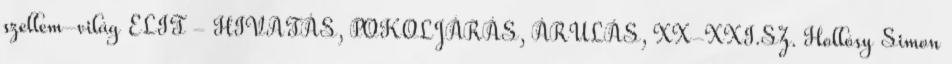
szellem-világ ELIT - HIVATÁS, POKOLJÁRÁS, ÁRULÁS, XX-XXI.SZ. Hollósy Simon